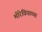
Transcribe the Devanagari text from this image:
मोरेवियाच्या